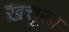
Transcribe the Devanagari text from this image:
ख़त्तूसा